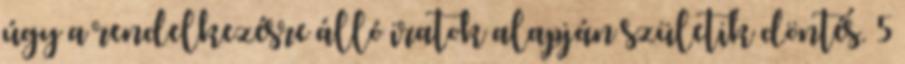
úgy a rendelkezésre álló iratok alapján születik döntés. 5